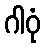
ဂါဝုံ